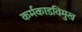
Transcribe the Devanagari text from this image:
कर्मकाडविमुख